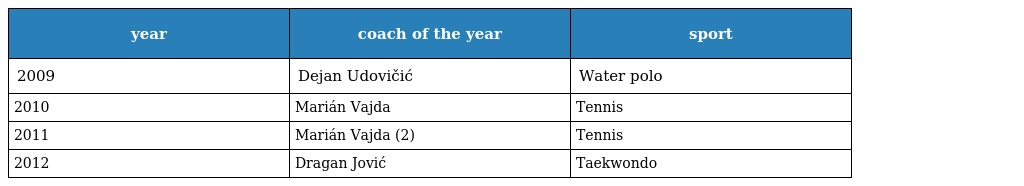
| year | coach of the year | sport |
 | --- | --- | --- |
 | 2009 | Dejan Udovičić | Water polo |
 | 2010 | Marián Vajda | Tennis |
 | 2011 | Marián Vajda (2) | Tennis |
 | 2012 | Dragan Jović | Taekwondo |